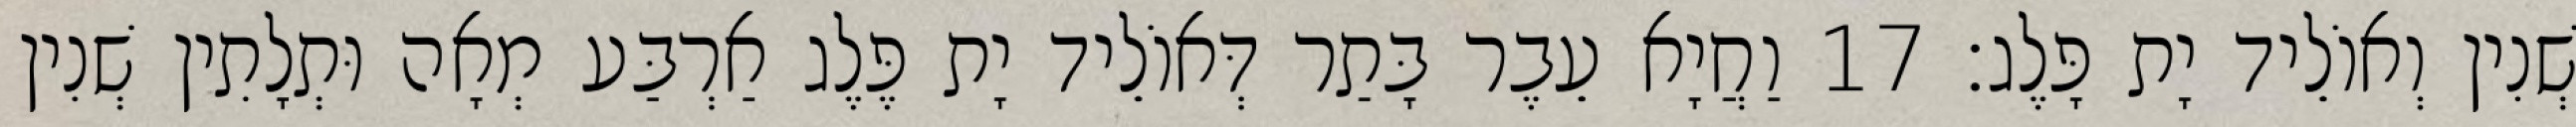
שְׁנִין וְאוֹלֵיד יָת פָּלֶג׃ 17 וַחֲיָא עֵבֶר בָּתַר דְּאוֹלֵיד יָת פֶּלֶג אַרְבַּע מְאָה וּתְלָתִין שְׁנִין